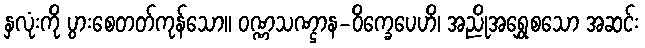
နှလုံးကို ပွားစေတတ်ကုန်သော။ ဝဏ္ဏသဏ္ဌာန-ဝိက္ခေပေဟိ၊ အညိုအရွှေစသော အဆင်း